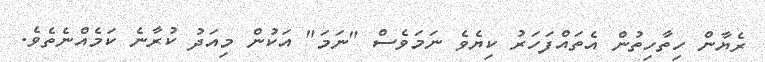
ރެޔާން ހިތާހިތުން އެތައްފަހަރު ކިޔެވެ ނަމަވެސް "ނަމަ" އަކުން މިއަދު ކުރާނެ ކަމެއްނެތެވެ.